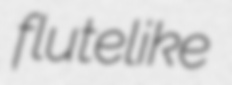
flutelike